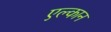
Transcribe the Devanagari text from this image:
एल्कान